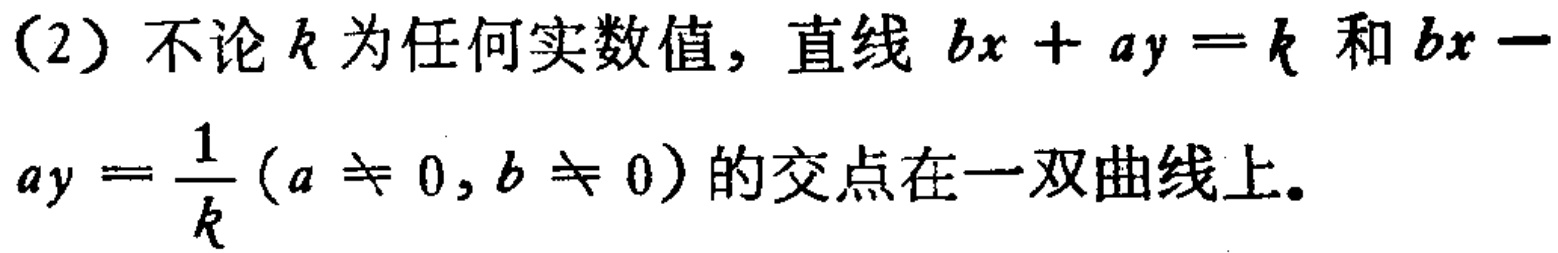
(2) 不论\(k\)为任何实数值，直线 \(bx + ay = k\) 和 \(bx - ay=\frac{1}{k}(a\neq 0,b\neq 0)\)的交点在一双曲线上。